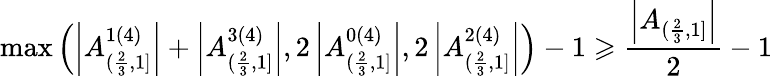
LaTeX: \operatorname*{max}\left(\left|A_{(\frac{2}{3},1]}^{1(4)}\right|+\left|A_{(\frac{2}{3},1]}^{3(4)}\right|,2\left|A_{(\frac{2}{3},1]}^{0(4)}\right|,2\left|A_{(\frac{2}{3},1]}^{2(4)}\right|\right)-1\geqslant\frac{\left|A_{(\frac{2}{3},1]}\right|}{2}-1